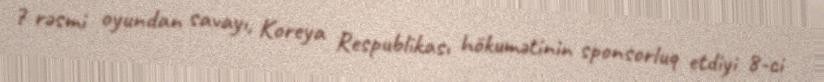
7 rəsmi oyundan savayı, Koreya Respublikası hökumətinin sponsorluq etdiyi 8-ci